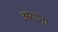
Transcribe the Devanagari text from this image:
अगाना